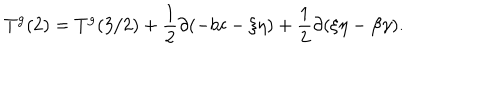
LaTeX: T ^ { \mathrm { g } } ( 2 ) = T ^ { \mathrm { g } } ( 3 / 2 ) + \frac { 1 } { 2 } \partial ( - b c - \xi \eta ) + \frac { 1 } { 2 } \partial ( \xi \eta - \beta \gamma ) .